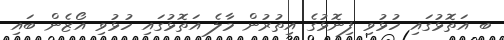
ބ އަތޮޅުގައި ހުޅުވި ފިނޮޅުގެ އިތުރުން މާލެ އަތޮޅުގައި ހުޅުވި އޯޒެން ބައި